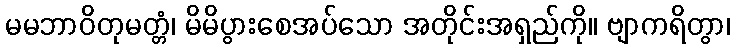
မမဘာဝိတုမတ္တံ၊ မိမိပွားစေအပ်သော အတိုင်းအရှည်ကို။ ဗျာကရိတွာ၊